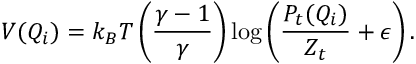
V ( Q _ { i } ) = k _ { B } T \left( \frac { \gamma - 1 } { \gamma } \right) \log \left( \frac { P _ { t } ( Q _ { i } ) } { Z _ { t } } + \epsilon \right) .